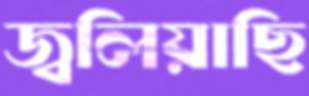
জ্বলিয়াছি